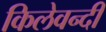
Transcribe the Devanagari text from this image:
किलेवन्दी